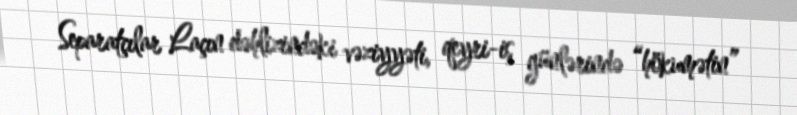
Separatçılar Laçın dəhlizindəki vəziyyəti, qeyri-iş günlərində “hökumətin”